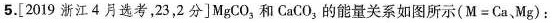
5.[2019浙江4月选考，23，2分]MgCO_{3}和CaCO_{3}的能量关系如图所示$$(M=Ca、Mg)$$：